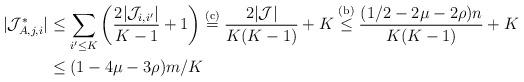
LaTeX: \begin{align*}|\mathcal{J}^*_{A,j,i}| & \le \sum_{i' \le K}\left(\frac{2|\mathcal J_{i,i'}|}{K-1}+1 \right) \overset{{\rm (c)}}{=} \frac{2|\mathcal J|}{K(K-1)}+K \overset{{\rm (b)}}{\le} \frac{(1/2 - 2\mu - 2\rho) n}{K(K-1)} + K \\& \le (1-4 \mu - 3 \rho) m/K\end{align*}